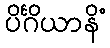
ပိင်္ဂိယာနိံ